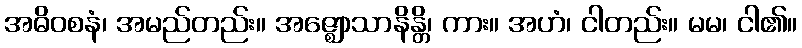
အဓိဝစနံ၊ အမည်တည်း။ အဇ္ဈောသာနိန္တိ၊ ကား။ အဟံ၊ ငါတည်း။ မမ၊ ငါ၏။